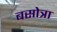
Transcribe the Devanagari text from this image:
बसोत्रा